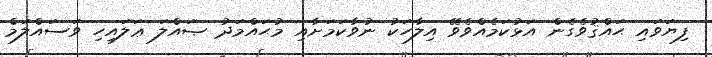
ފިޔަވައި ޙައްޤުވެގެން އަޅުކަމެއްވެވޭ އިލާހަކު ނުވާކަމަށާއި މުޙައްމަދު ޞައްލަ ޢަލައިހި ވަސައްލަމް